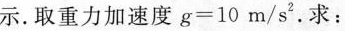
示。取重力加速度$$g=10m/s^{2}$$.求：